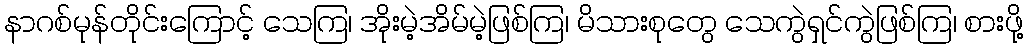
နာဂစ်မုန်တိုင်းကြောင့် သေကြ၊ အိုးမဲ့အိမ်မဲ့ဖြစ်ကြ၊ မိသားစုတွေ သေကွဲရှင်ကွဲဖြစ်ကြ၊ စားဖို့